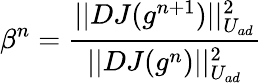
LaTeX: \beta^{n}=\frac{||DJ(g^{n+1})||_{U_{ad}}^{2}}{||DJ(g^{n})||_{U_{ad}}^{2}}